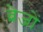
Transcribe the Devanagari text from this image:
ब्रेजों